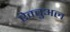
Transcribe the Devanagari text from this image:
ऐक्चुअल